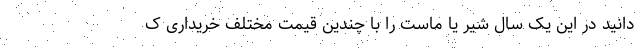
‌دانید در این یک سال شیر یا ماست را با چندین قیمت مختلف خریداری ک